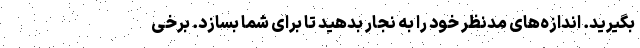
بگیرید. اندازه‌های مدنظر خود را به نجار بدهید تا برای شما بسازد. برخی